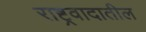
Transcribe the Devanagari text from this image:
राष्ट्रवादातील